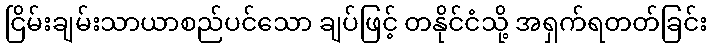
ငြိမ်းချမ်းသာယာစည်ပင်သော ချပ်ဖြင့် တနိုင်ငံသို့ အရှက်ရတတ်ခြင်း